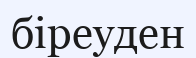
біреуден